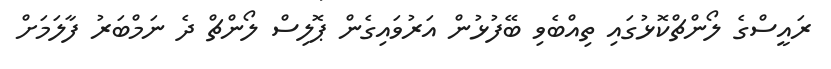
ރައީސްގެ ލޯންޗްކޮޅުގައި ތިއްބެވި ބޭފުޅުން އަރުވައިގެން ޕޮލިސް ލޯންޗް ދެ ނަމްބަރު ފާލަމަށް